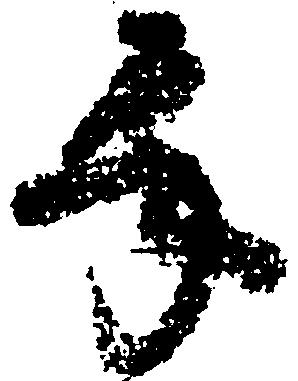
承